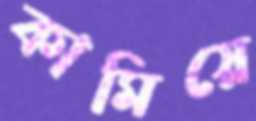
কামিয়ে